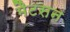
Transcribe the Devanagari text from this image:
मैटसन